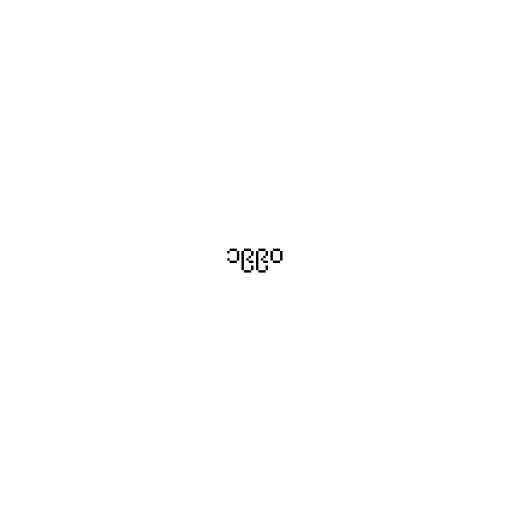
၁၉၉၀